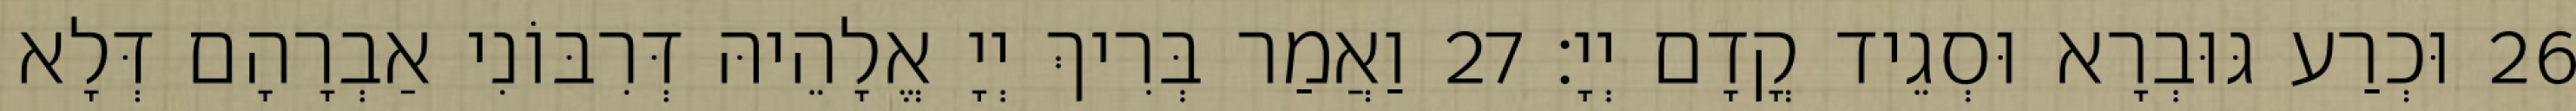
26 וּכְרַע גּוּבְרָא וּסְגֵיד קֳדָם יְיָ׃ 27 וַאֲמַר בְּרִיךְ יְיָ אֱלָהֵיהּ דְּרִבּוֹנִי אַבְרָהָם דְּלָא